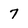
Character: 7